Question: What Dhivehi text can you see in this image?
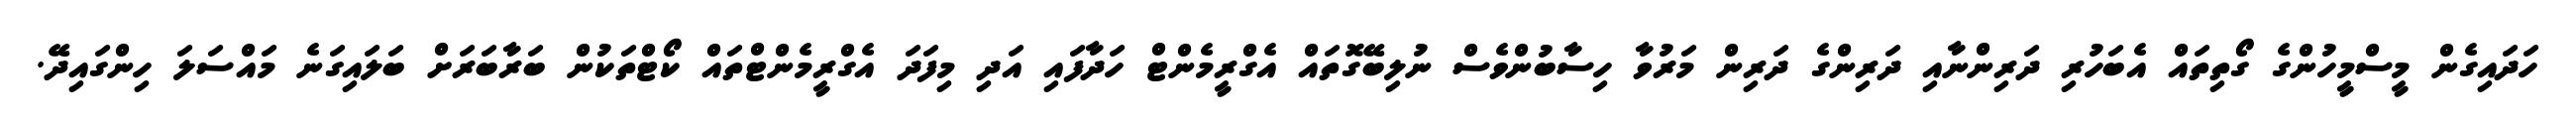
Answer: ހަދައިގެން މީސްމީހުންގެ ގޯތިތައް އެބަހުރި ދަރިންނާއި ދަރިންގެ ދަރިން މަރުވާ ހިސާބުންވެސް ނުލިބޭގޮތައް އެގްރީމެންޓް ހަދާފައި އަދި މިފަދަ އެގްރީމެންޓްތައް ކޯޓްތަކުން ބަރާބަރަށް ބަލައިގަނެ މައްސަލަ ހިންގައިދޭ.